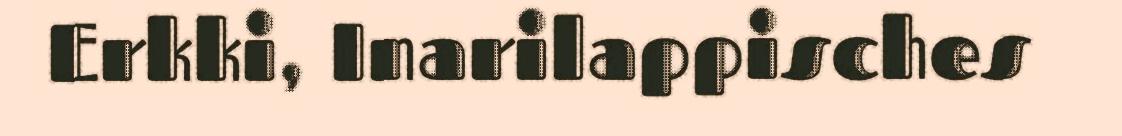
Erkki, Inarilappisches